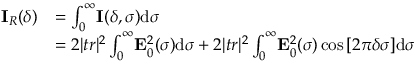
\begin{array} { r l } { \mathbf { I } _ { R } ( \delta ) } & { = \int _ { 0 } ^ { \infty } \! \mathbf { I } ( \delta , \sigma ) \mathrm { d } \sigma } \\ & { = 2 | t r | ^ { 2 } \int _ { 0 } ^ { \infty } \! \mathbf { E } _ { 0 } ^ { 2 } ( \sigma ) \mathrm { d } \sigma + 2 | t r | ^ { 2 } \int _ { 0 } ^ { \infty } \! \mathbf { E } _ { 0 } ^ { 2 } ( \sigma ) \cos { [ 2 \pi \delta \sigma ] } \mathrm { d } \sigma } \end{array}